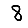
Digit: 8